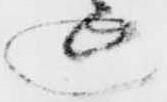
返